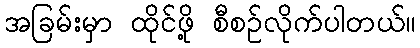
အခြမ်းမှာ ထိုင်ဖို့ စီစဉ်လိုက်ပါတယ်။